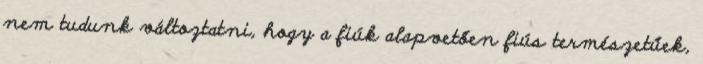
nem tudunk változtatni, hogy a fiúk alapvetően fiús természetűek,